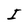
Character: I